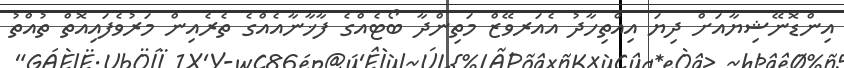
އިންޑޮނޭޝިޔާއަށް ދިޔަ އިއްތިހާދު އެއަރވޭޒް މަތިންދާ ބޯޓެއްގެ ފާޚާނާއެއްގެ ތެރެއިން މަރުވެފައިއޮތް ތުއްތު